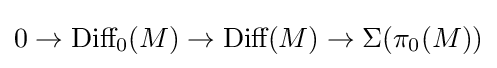
0\to {\text{Diff}}_{0}(M)\to {\text{Diff}}(M)\to \Sigma (\pi _{0}(M))